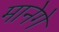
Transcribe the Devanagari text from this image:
मानेगे